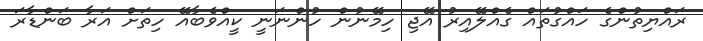
ރައްޔިތުންގެ ހައްގުތައް ގެއްލޭއިރު އޭޖި ހިމޭނުން ހުންނަނީ ކީއްވެބާއޭ ހިތަށް އަރާ ބަންޑާރަ